Bréfritari: Soffía Daníelsdóttir
Viðtakandi: Jakobína Magnúsdóttir og Daníel Halldórsson
Dagsetning: A-1888-05-24
Skrifað á: Reykjavík  Gull.
Soffía var dóttir Jakobínu og Daníels

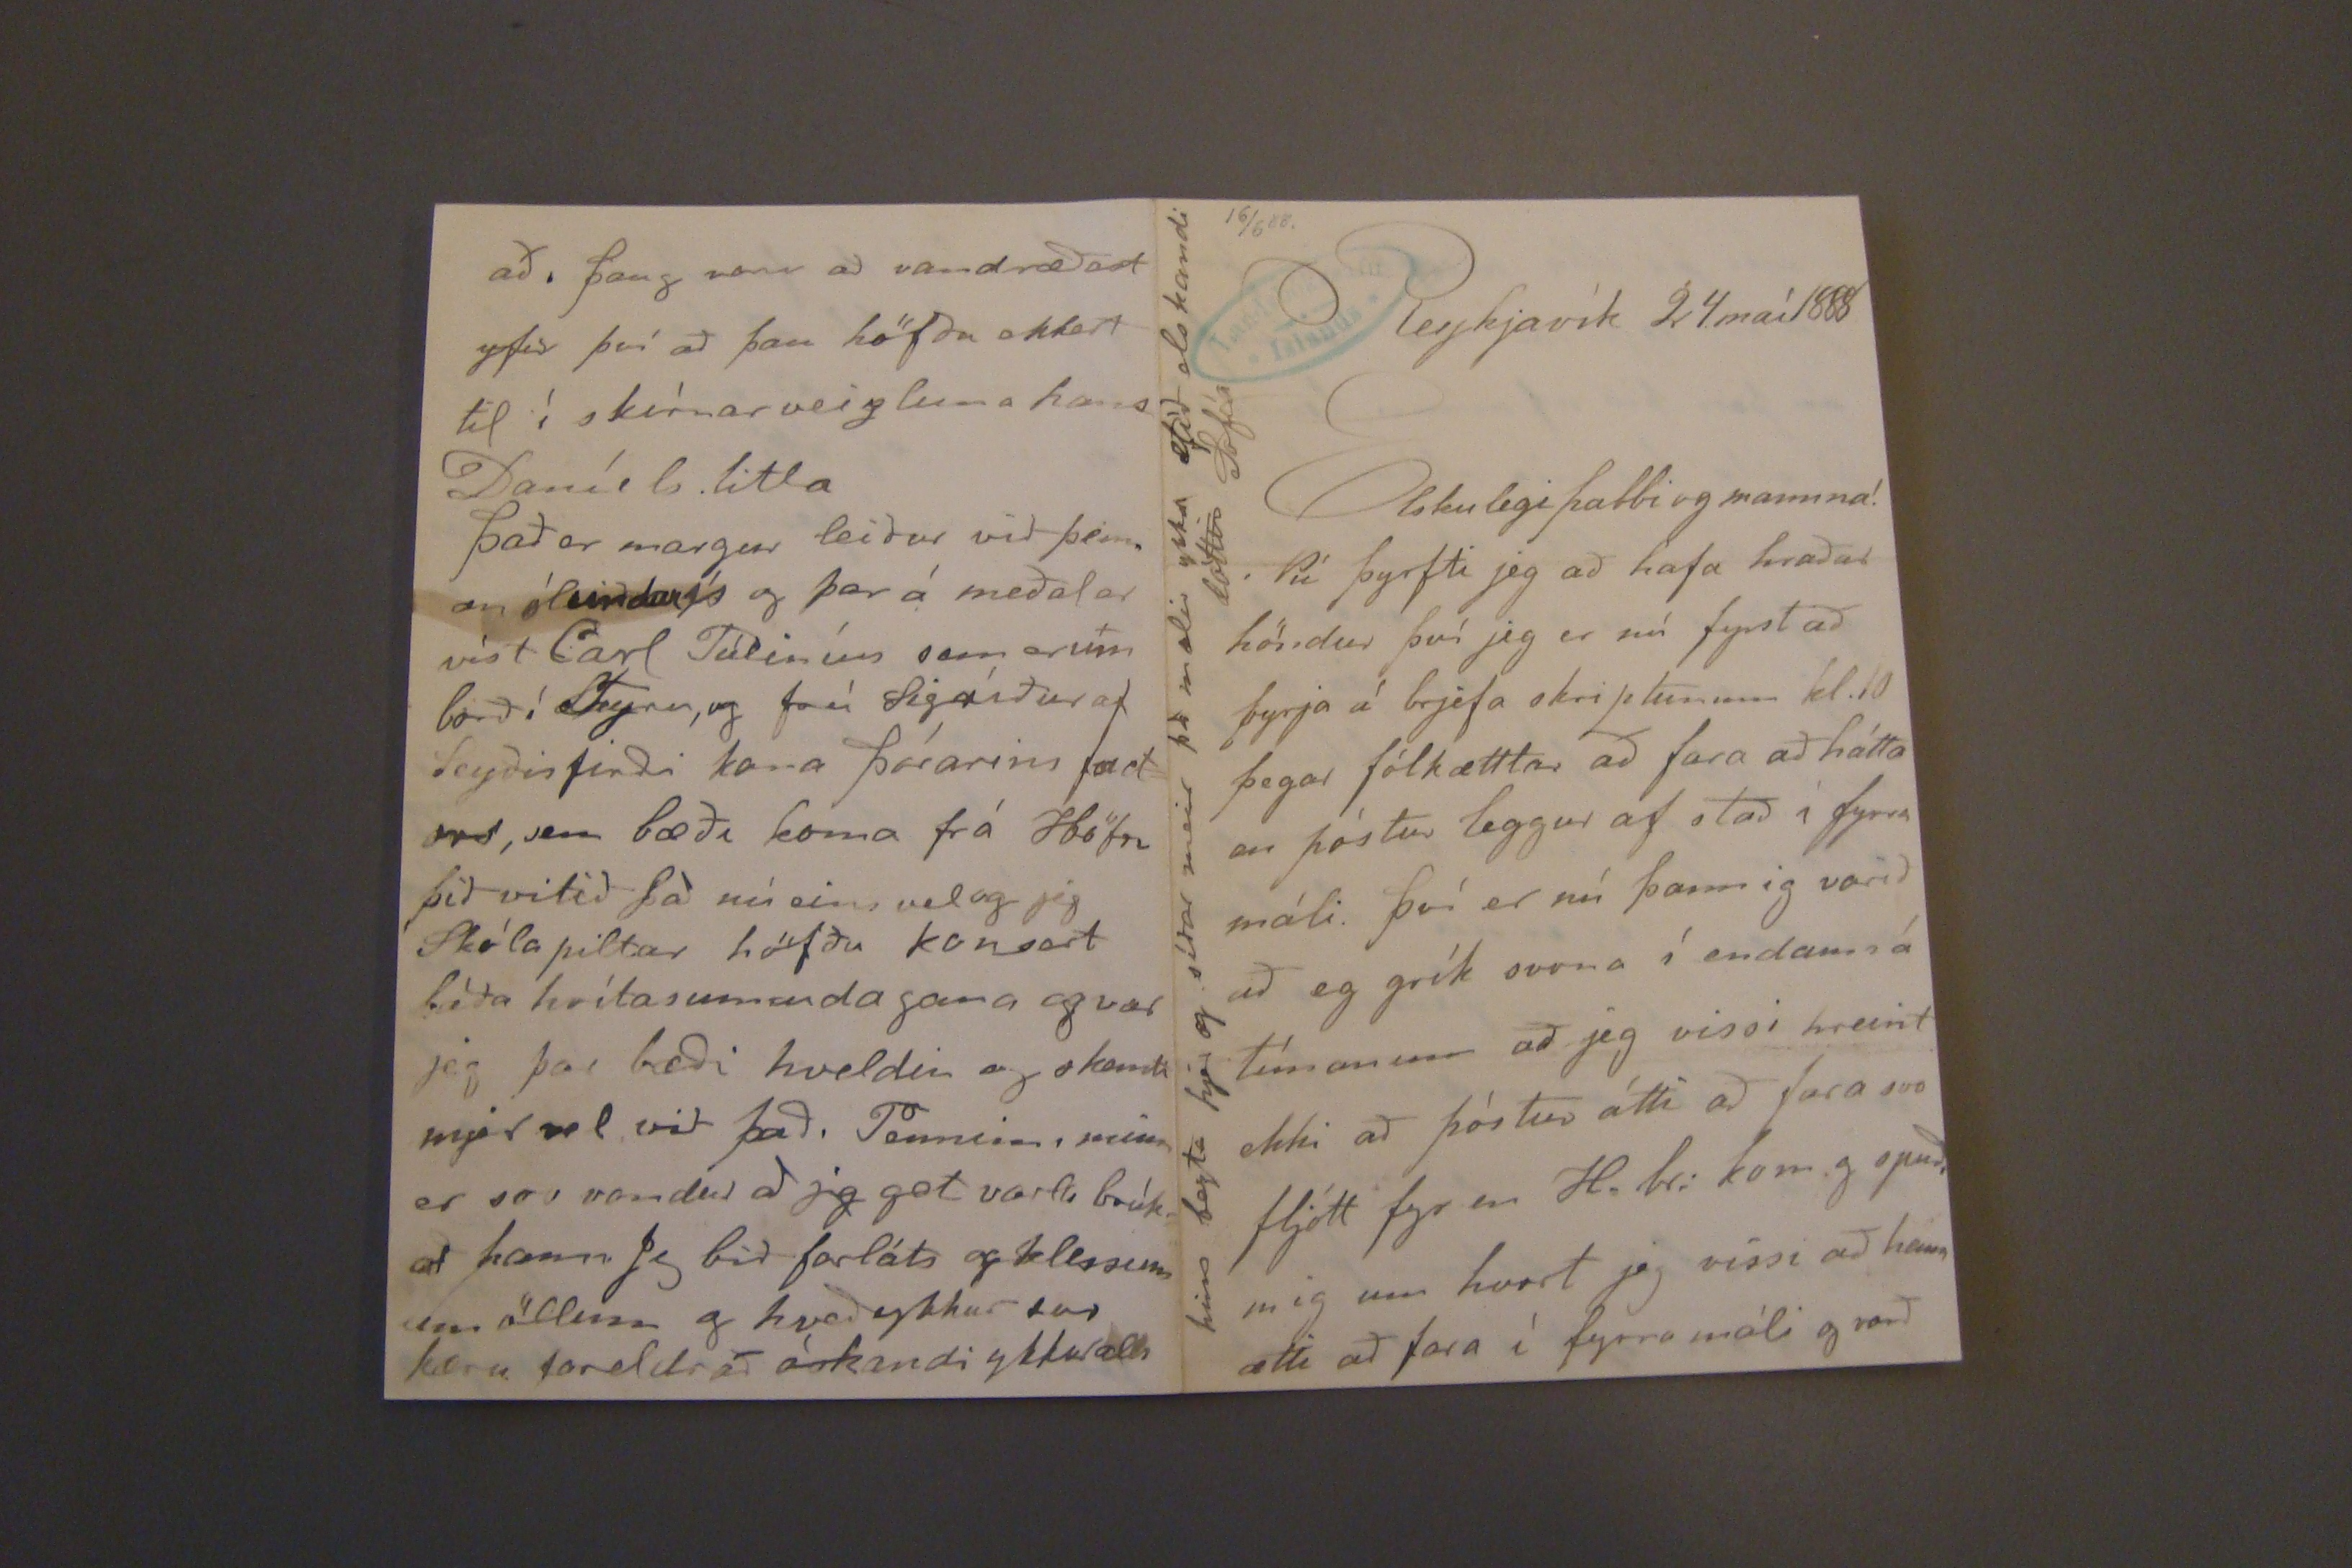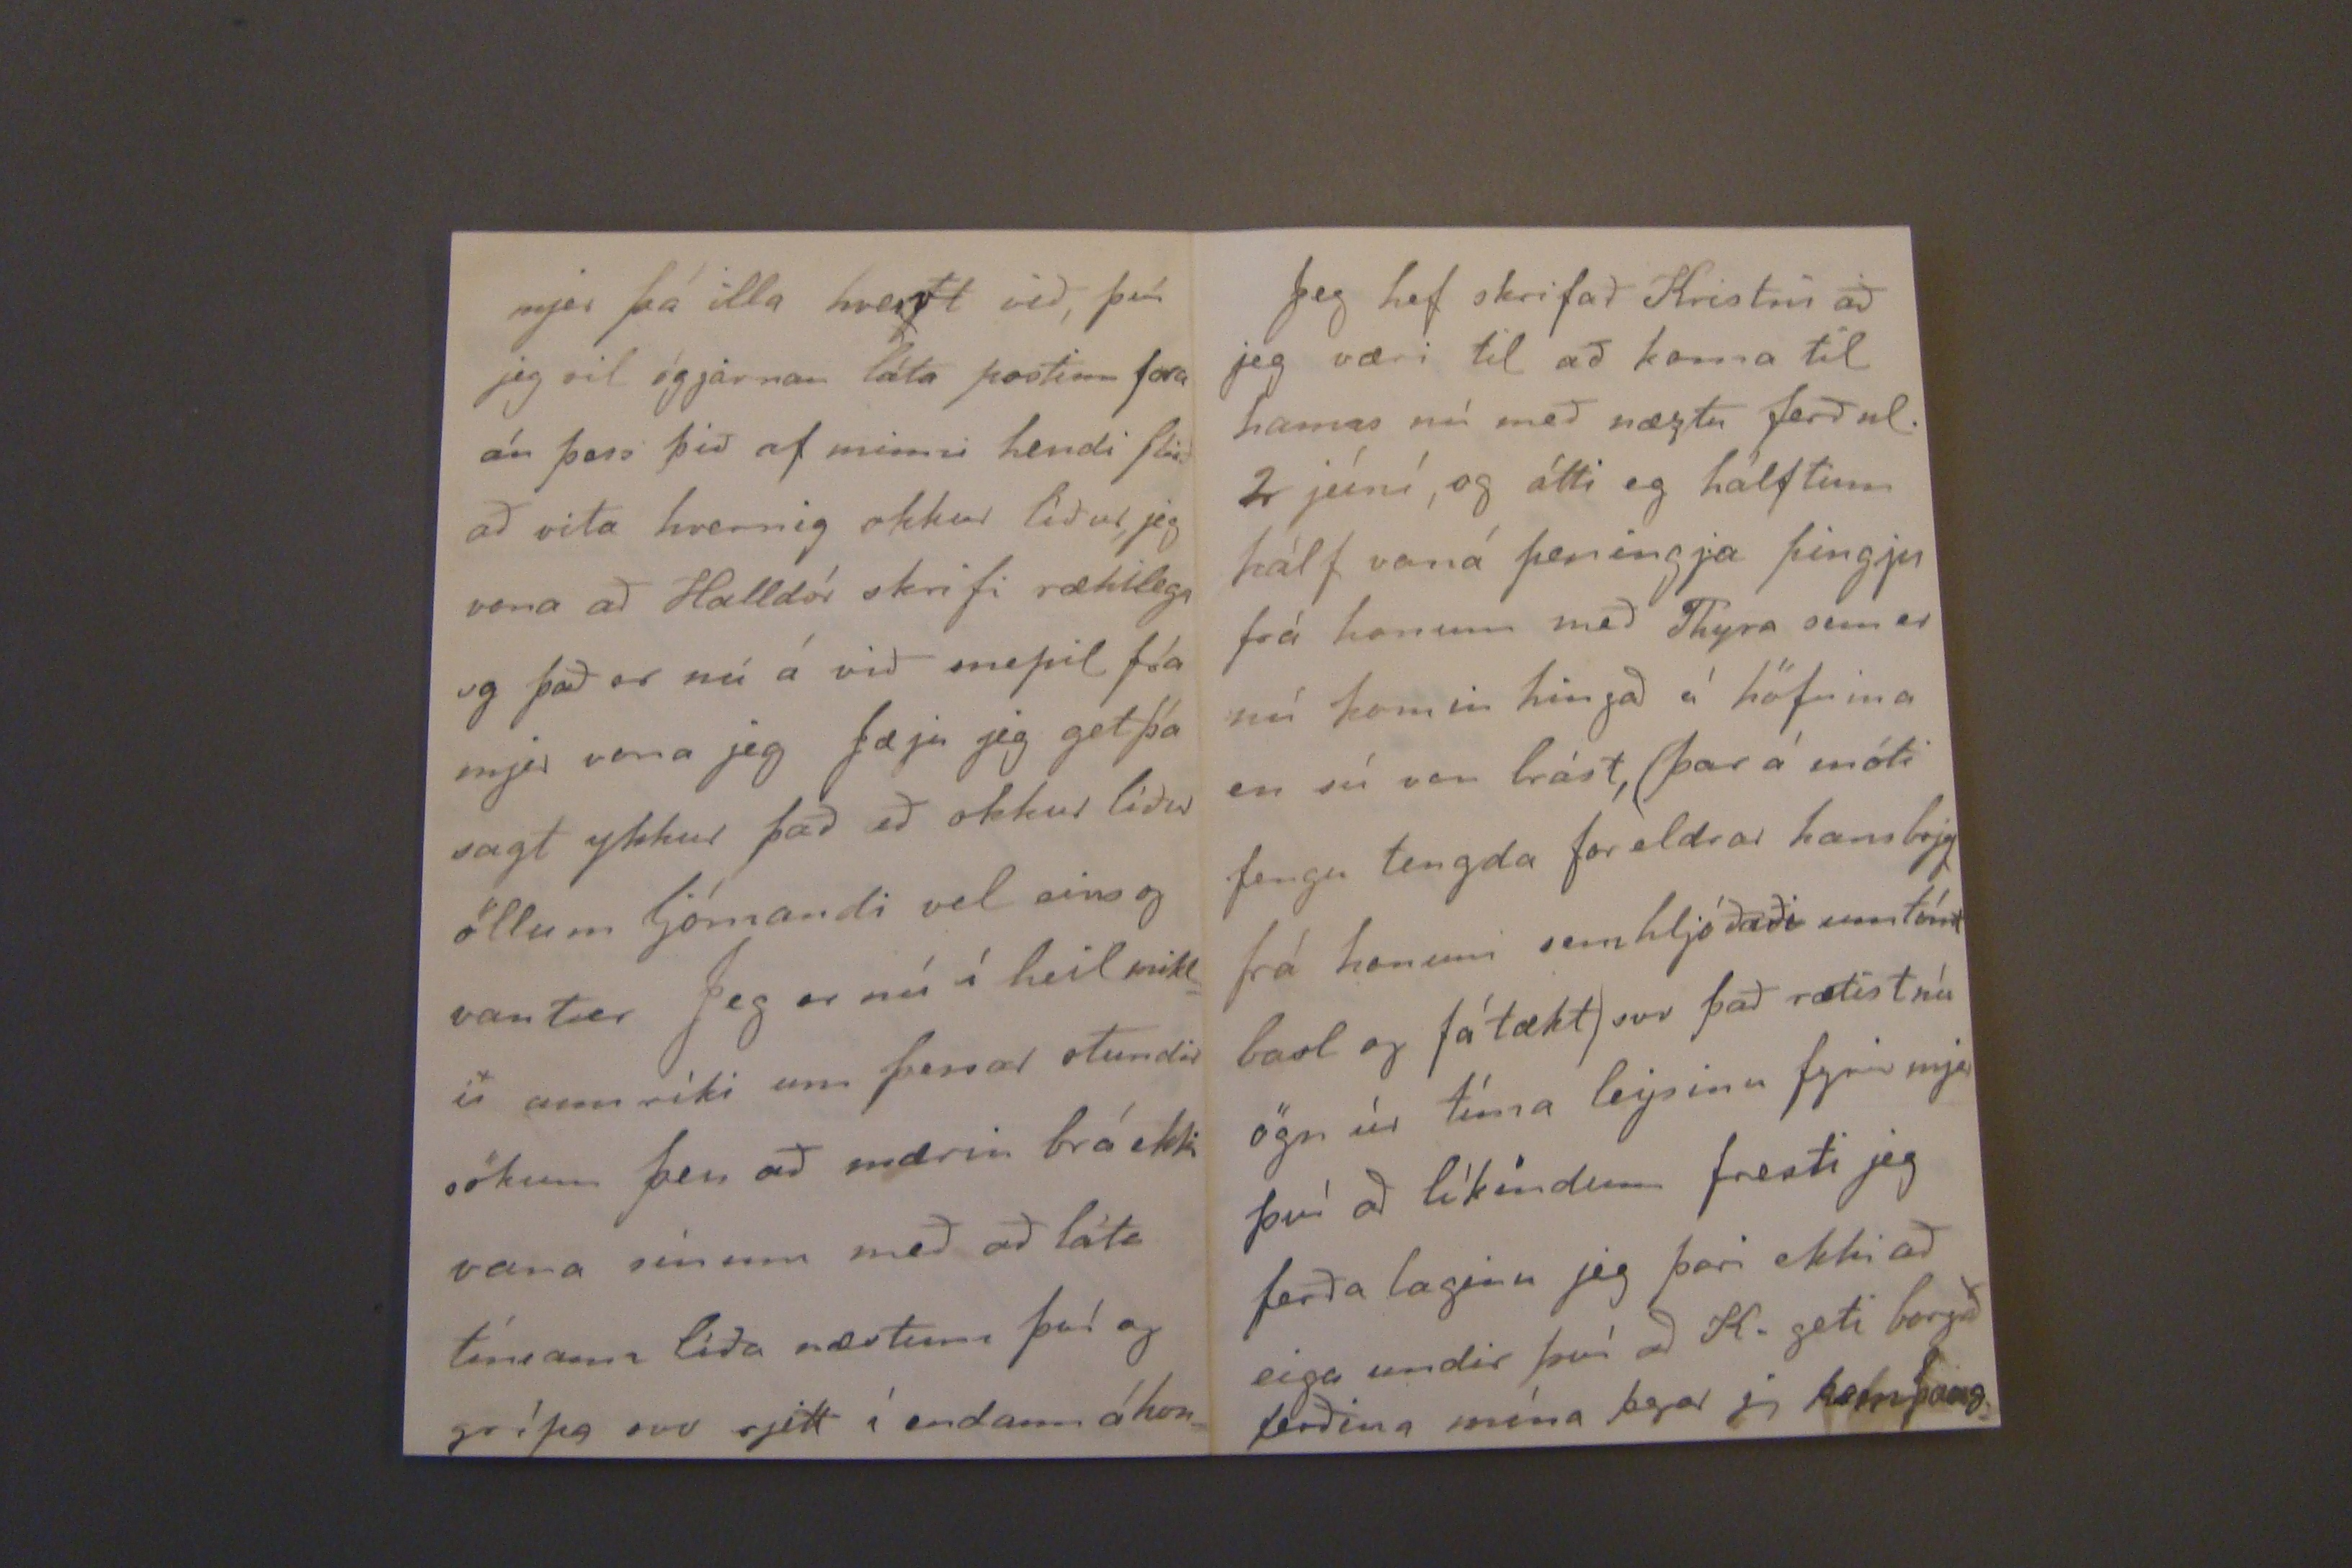

16/6 88.
Reykjavík 24. maí 1888
Elskulegi pabbi og mamma!
Nú þyrfti jeg að hafa hraðar höndur því jeg er nú fyrst að byrja á brjefa skriptunum kl. 10 þegar fólkættlar að fara að hátta en póstur leggur af stað í fyrra máli. því er nú þannig varið að eg
grít
svona í endann á tímanum að jeg vissi hreint ekki að póstur átti að fara svo fljótt fyr en H. br. kom og
opnað
mig um hvort jeg víssi að hann ætti að fara í fyrra máli og varð
hins bezta hjer og síðar meir þá mælir ykkar ætíð elskandi dóttir Sofía
mer þá illa
hvervt
við, því jeg vil ógjarnan láta postinn fara án þess þið af minni hendi
Stóð
að vita hvernig okkur líður, jeg vona að Halldór skrifa rækilega og það er nú á við snepil frá mjer vona jeg Jæja jeg get þá sagt ykkur það að okkur líður öllum ljómandi vel eins og vanter Jeg er nú í heil miklu annríki um þessar stundir sökum þess að mærin brá ekki vana sínum með að láta tímann líða næstum því og grípa svo rjett í endannn á hon
að, þaug voru að vandræðast yfir því að þau höfðu ekkert til í skírnarveizluna hans Daníels litla
það er margur leiður við þenn an
ólundarsí
og þar á meðal er víst Carl Túliníus sem er um borð í
Fynr
, og frú Sigríður af Seyðisfirði kona þórarins factors, sem bæði koma frá Höfn þið vitið þá nú eins vel og jeg Skólapiltar höfðu konsart báða hvítasunnudagana og var jeg þar bæði hveldin og skemti mjer vel við það. Tinninn, min er svo vondur að jeg get varla brúkað hann jeg bið forláts og klessum um öllum og hveð ykkur svo kæru foreldrað óskandi ykkur alls
Jeg hef skrifað Kristín að eg væri til að koma til hanns nú með næztu ferð nl. 2 júní, og átti eg hálftum hálf vaná peningja pingju frá honum með Thyra sem er nú komin hingað á höfnina en sú von brást, (þar á móti fengu tengda foreldrar hans brjef frá honum sem hljóðaði um tómt basl og fátækt) svo það rætist nú ögn úr tíma leysinu fyrir mjer því að líkindum fresti jeg ferða laginu jeg þori ekki að eiga undir því að K. geti borgað ferðina mína þegar jeg kom þang